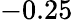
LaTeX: -0.25